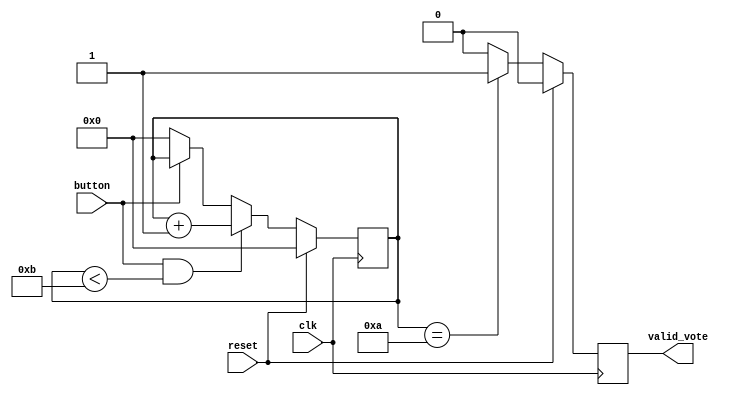
`timescale 1ns / 1ps

module control_button(
  input clk,
  input reset,
  input button,
  output reg valid_vote
);
  
reg [30:0] counter;
  
always @(posedge clk)
begin
  if(reset)
    counter <= 0;
  else
  begin
    if(button & counter < 11)
      counter <= counter+1;
    else if(!button)
      counter <= 0;
  end
end
  
  
always @(posedge clk)
begin
  if(reset)
    valid_vote <= 1'b0;
  else
  begin
    if(counter == 10)
      valid_vote<= 1'b1;
    else
      valid_vote <= 1'b0;
  end
end
  
endmodule

module modeControl (
input candidate1_button_press,
input clk,
input reset,
input mode,
input valid_vote_casted,
input [7:0] candidatel_vote,
input [7:0] candidate2_vote,
input [7:0] candidate3_vote,
input [7:0] candidate4_vote,
input candidate2_button_press,
input candidate3_button_press, 
input candidate4_button_press,
output reg [7:0] leds
);


reg [30:0] counter;
  
always @(posedge clk)
begin
  if(reset)
    counter <= 0; //whenever reset is pressed, counter starts from 0
  else if(valid_vote_casted) //if a valid vote is casted, counter becomes 1
    counter <= counter + 1;
  else if(counter !=0 & counter < 10)//if counter is not 0, increament it till 10
    counter <= 0;
  else //Once counter becomes 10, reset it to zero
    counter <= 0;
end
  
always @(posedge clk)
begin
  if(reset)
    leds <= 0;
  else
  begin
    if(mode == 0 & counter > 0) //mode0->voting mode, mode 1->result mode
      leds <= 8'hFF;
    else if(mode == 0)
      leds <= 8'h00;
    else if(mode == 1) //result mode
    begin
      if(candidate1_button_press)
        leds <= candidatel_vote;
      else if(candidate2_button_press)
        leds <= candidate2_vote;
      else if(candidate3_button_press)
        leds <= candidate3_vote;
      else if(candidate4_button_press)
        leds <= candidate4_vote;
    end
  end
end
  
endmodule
    
module vote_logger(
input clk,
input reset,
input mode,
input cand1_valid_vote,
input cand2_valid_vote,
input cand3_valid_vote, 
input cand4_valid_vote,
output reg [7:0] cand1_vote_rec,
output reg [7:0] cand2_vote_rec,
output reg [7:0] cand3_vote_rec, 
output reg [7:0] cand4_vote_rec
);
  
  
always @(posedge clk)
begin
  if(reset)
  begin
    cand1_vote_rec <= 0;
    cand2_vote_rec <= 0;
    cand3_vote_rec <= 0;
    cand4_vote_rec <= 0;
  end
  else
  begin
    if(cand1_valid_vote & mode==0)
      cand1_vote_rec <= cand1_vote_rec +1;
    else if(cand2_valid_vote & mode==0)
      cand2_vote_rec <= cand2_vote_rec +1;
    else if(cand3_valid_vote & mode==0)
      cand3_vote_rec <= cand3_vote_rec +1;
    else if(cand4_valid_vote & mode==0)
      cand4_vote_rec <= cand4_vote_rec +1;
  end
end
  
  
endmodule
  
module votingMachine(
input clk,
input reset, 
input mode,
input button1,
input button2, 
input button3,
input button4,
output [7:0] led
);
  
wire valid_vote_1;
wire valid_vote_2;
wire valid_vote_3;
wire valid_vote_4;
wire [7:0] cand1_vote_rec;
wire [7:0] cand2_vote_rec;
wire [7:0] cand3_vote_rec;
wire [7:0] cand4_vote_rec;
wire anyValidVote;
  
assign anyValidVote = valid_vote_1|valid_vote_2|valid_vote_3|valid_vote_4;

control_button bc1(
.clk(clk),
.reset(reset),
.button(button1),
.valid_vote(valid_vote_1)
);
 
control_button bc2(
.clk(clk),
.reset(reset),
.button(button2),
.valid_vote(valid_vote_2)
);
  
control_button bc3(
.clk(clk),
.reset(reset),
.button(button3),
.valid_vote(valid_vote_3)
);
  
control_button bc4(
.clk(clk),
.reset(reset),
.button(button4),
.valid_vote(valid_vote_4)
);
  

  
vote_logger VL(
.clk(clk),
.reset (reset),
.mode (mode), 
.cand1_valid_vote(valid_vote_1), 
.cand2_valid_vote(valid_vote_2), 
.cand3_valid_vote(valid_vote_3), 
.cand4_valid_vote(valid_vote_4), 
.cand1_vote_rec(cand1_vote_rec), 
.cand2_vote_rec(cand2_vote_rec), 
.cand3_vote_rec(cand3_vote_rec), 
.cand4_vote_rec(cand4_vote_rec) 
);
  
  
modeControl MCC( 
.clk(clk), 
.reset(reset), 
.mode (mode), 
.valid_vote_casted(anyValidVote), 
.candidatel_vote(cand1_vote_rec), 
.candidate2_vote(cand2_vote_rec), 
.candidate3_vote(cand3_vote_rec), 
.candidate4_vote(cand4_vote_rec), 
.candidate1_button_press(valid_vote_1), 
.candidate2_button_press(valid_vote_2), 
.candidate3_button_press(valid_vote_3), 
.candidate4_button_press(valid_vote_4), 
.leds(led) 
);
  
endmodule